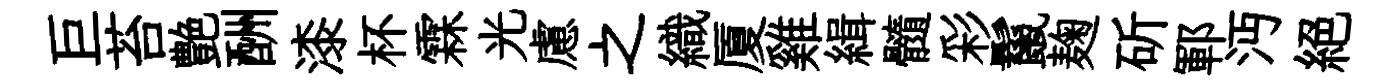
巨苔艶酬漆杯霖光慮之織厦雞緝髓彩鬣麹斫鄆沔絕